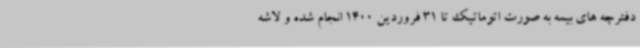
دفترچه های بیمه به صورت اتوماتیک تا 31 فروردین 1400 انجام شده و لاشه